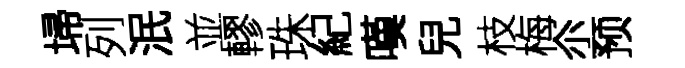
埽列泯並轇珠紀嘆兒枝梅尒预